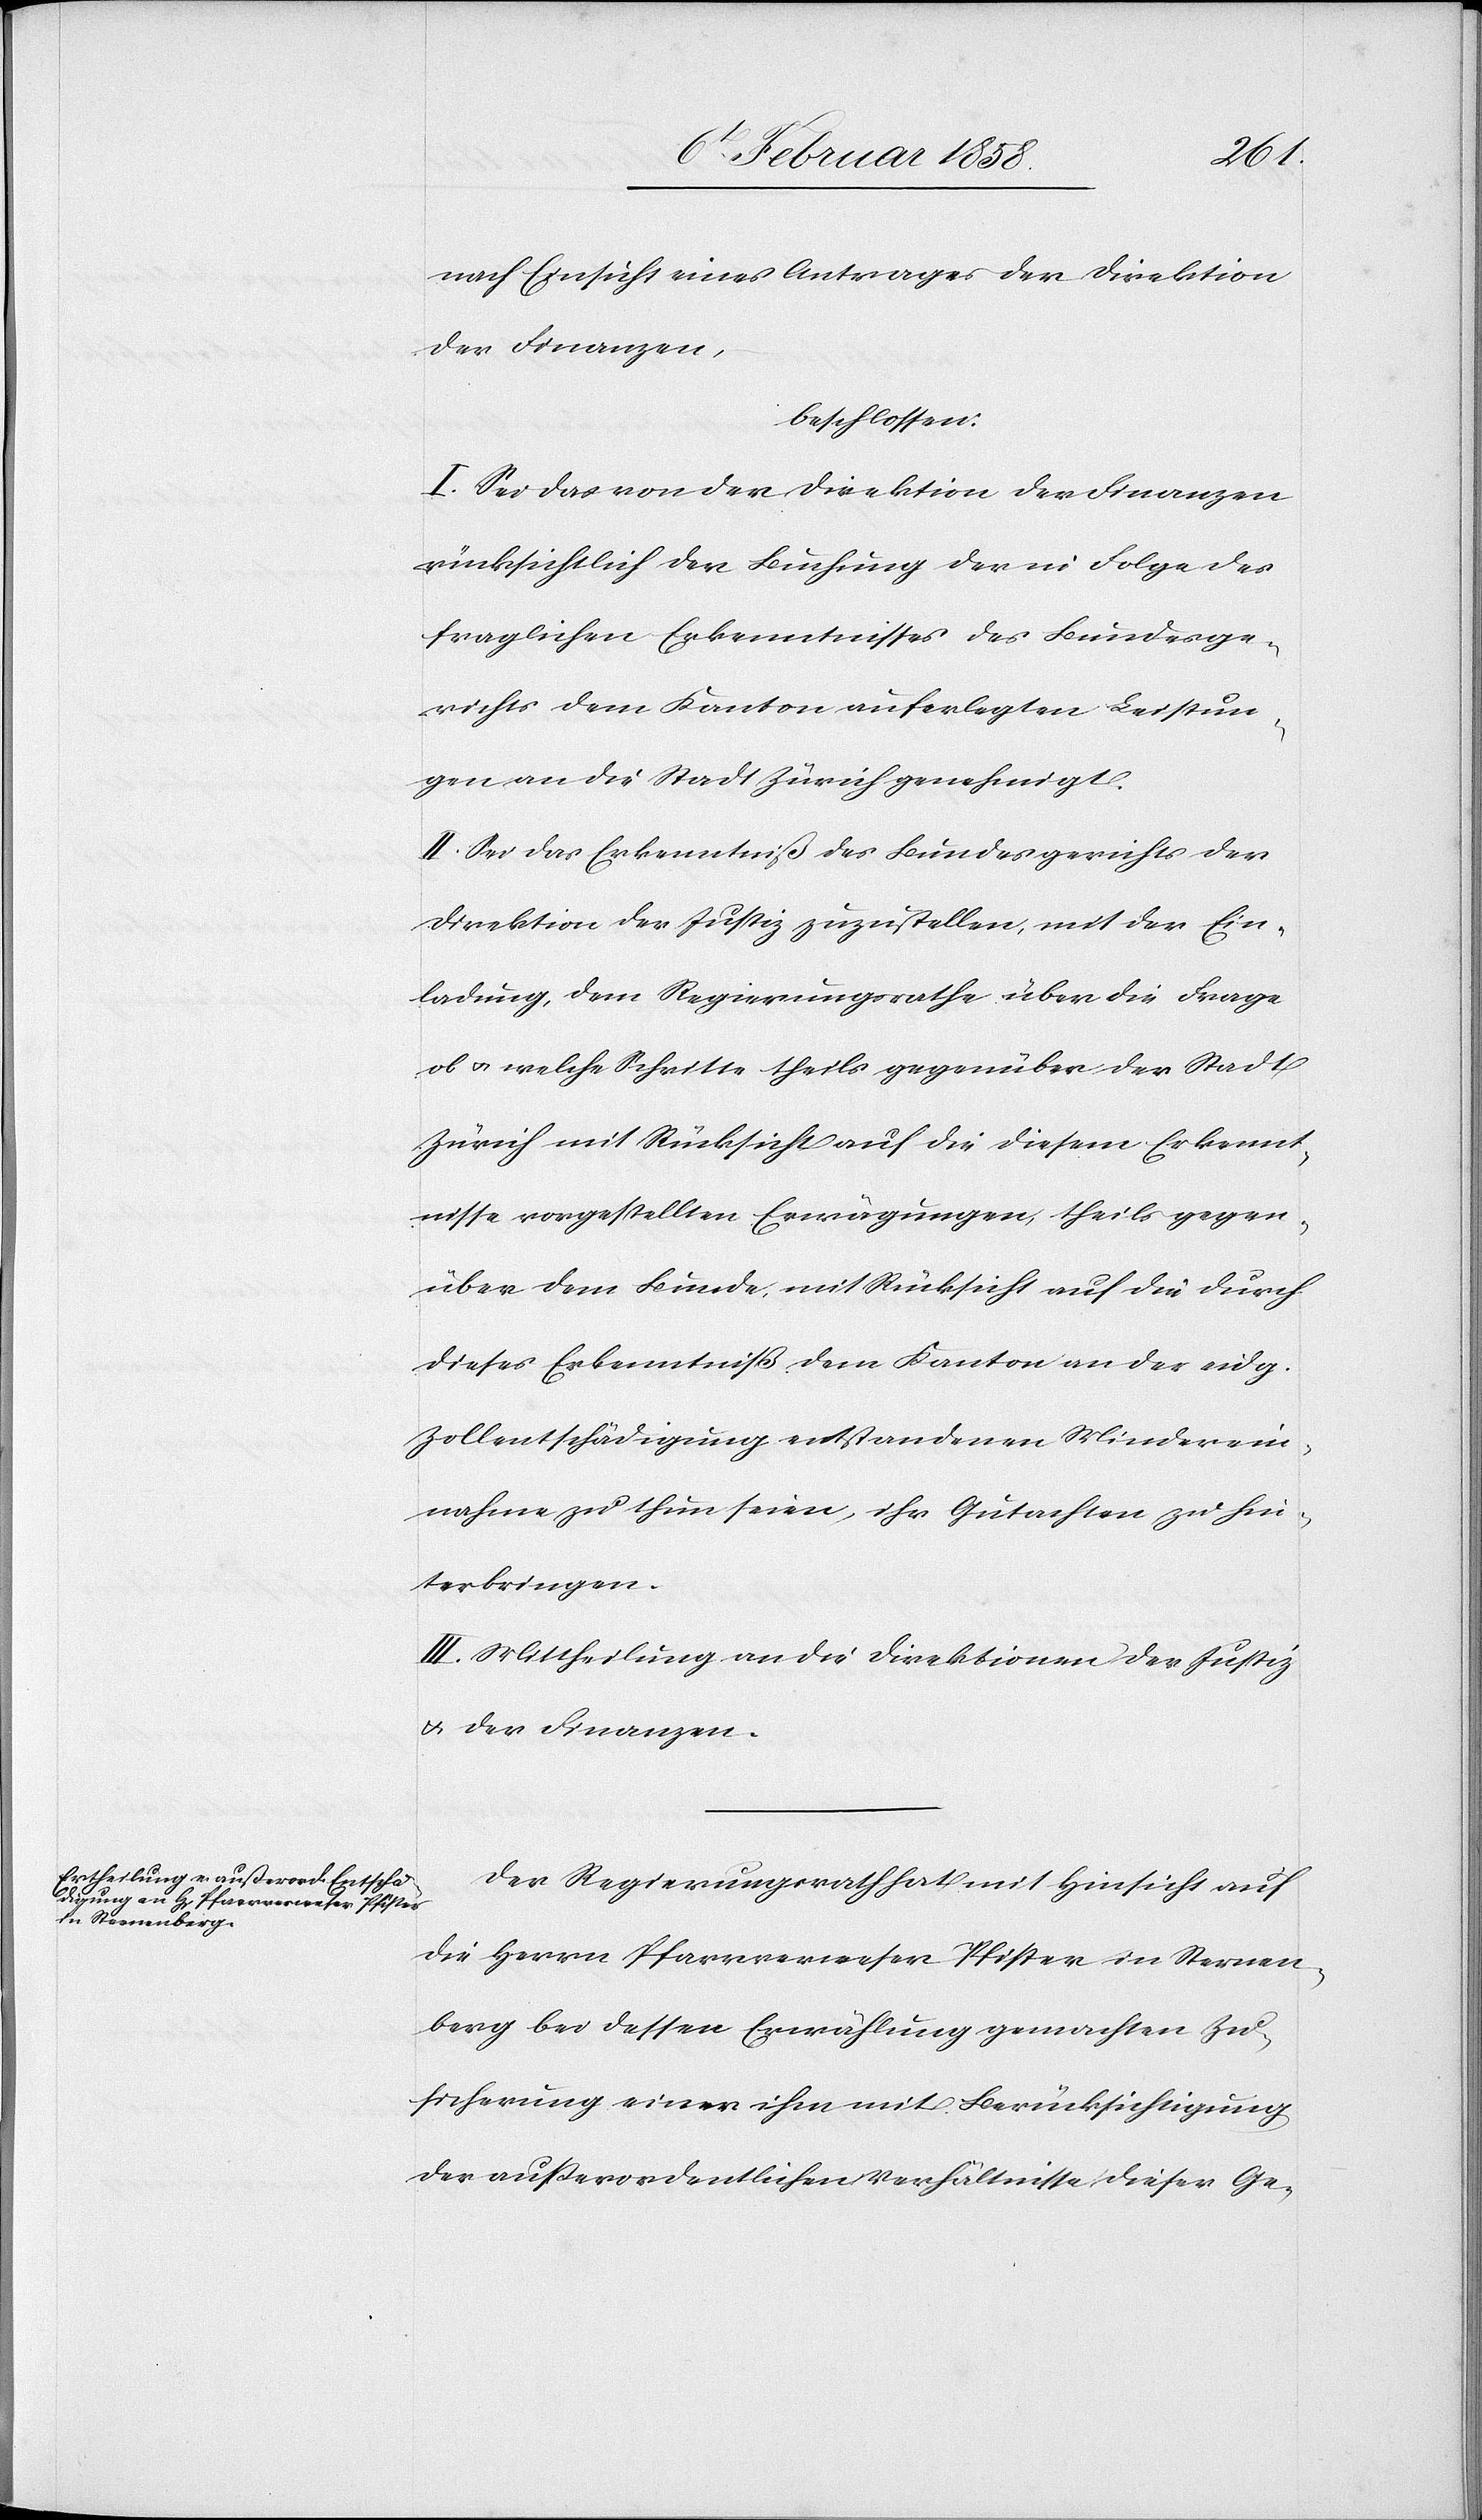
nach Einsicht eines Antrages der Direktion
der Finanzen,
beschlossen:
I. Sei das von der Direktion der Finanzen
rücksichtlich der Buchung der in Folge des
fraglichen Erkenntnisses des Bundesge¬
richts dem Kanton auferlegten Leistun¬
gen an die Stadt Zürich genehmigt.
II. Sei das Erkenntniß des Bundesgerichts der
Direktion der Justiz zuzustellen, mit der Ein¬
ladung, dem Regierungsrathe über die Frage
ob u. welche Schritte theils gegenüber der Stadt
Zürich mit Rücksicht auf die diesem Erkennt¬
nisse vorgestellten Erwägungen, theils gegen¬
über dem Bunde, mit Rücksicht auf die durch
dieses Erkenntniß dem Kanton an der eidg.
Zollentschädigung entstandenen Minderein¬
nahme zu thun seien, ihr Gutachten zu hin¬
terbringen.
II. Mittheilung an die Direktion der Justiz
u. der Finanzen.
Der Regierungsrath hat mit Hinsicht auf
die Herrn Pfarrverweser Pfister in Sternen¬
berg bei dessen Erwählung gemachten Zu¬
sicherung einer ihm mit Berücksichtigung
der außerordentlichen Verhältnisse dieser Ge-